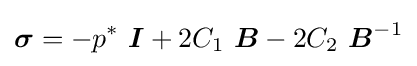
{\boldsymbol {\sigma }}=-p^{*}~{\boldsymbol {I}}+2C_{1}~{\boldsymbol {B}}-2C_{2}~{\boldsymbol {B}}^{-1}